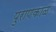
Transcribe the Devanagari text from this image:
पुराणकाळ